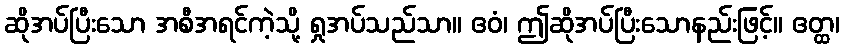
ဆိုအပ်ပြီးသော အစီအရင်ကဲ့သို့ ရှုအပ်သည်သာ။ ဧဝံ၊ ဤဆိုအပ်ပြီးသောနည်းဖြင့်။ ဧတ္ထ၊